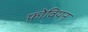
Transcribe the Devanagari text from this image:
फ़ोवियन